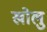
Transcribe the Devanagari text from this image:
खोलु